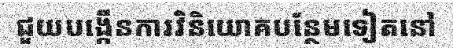
ជួយបង្កើនការវិនិយោគបន្ថែមទៀតនៅ